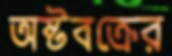
অষ্টবক্রের